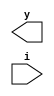
module PE (y,i);
	
	input [3:0] i;
	output reg[1:0] y;
	
	`ifdef M1
	
	always@(i) begin
		if(i[3])		y=2'b11;
		else begin
			if(i[2])	y=2'b10;
			else begin	
				if(i[1])	y=2'b01;
				else begin
					if(i[0])	y=2'b00;
					else		y=2'bxx;
				end
			end
		end
	end
	`endif
	
	`ifdef M2
		always@(i) begin
			case(i)
				8,9,10,11,12,13,14,15: y=2'b11;
				4,5,6,7: 	y=2'b10;
				2,3:		y=2'b01;
				1:			y=2'b00;
				0:			y=2'bxx;
			endcase
		end
	`endif
	
	`ifdef M3
		always@(i) begin
			casex(i)
				4'b1xxx: 	y=2'b11;
				4'b01xx: 	y=2'b10;
				4'b001x:	y=2'b01;
				4'b001x:	y=2'b00;
				4'b0001:	y=2'b00;
				default:	y=2'bxx;
			endcase
		end
	`endif
	
	
	`ifdef M4
		always@(i) begin
			case(1)
				i[3]: 	y=2'b11;
				i[2]: 	y=2'b10;
				i[1]:	y=2'b01;
				i[0]:	y=2'b00;
				default:	y=2'bxx;
			endcase
		end
	`endif
	
endmodule